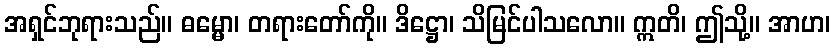
အရှင်ဘုရားသည်။ ဓမ္မော၊ တရားတော်ကို။ ဒိဋ္ဌော၊ သိမြင်ပါသလော။ ဣတိ၊ ဤသို့။ အာဟ၊